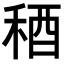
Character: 𥟁